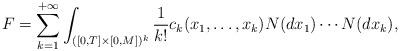
LaTeX: \begin{align*}F = \sum_{k=1}^{+\infty} \int_{([0,T]\times[0,M])^k} \frac{1}{k!} c_k(x_1,\ldots,x_k) N(dx_1) \cdots N(dx_k),\end{align*}